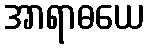
အာရာဓယေ